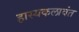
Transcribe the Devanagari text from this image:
हास्यकलावंत